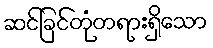
ဆင်ခြင်တုံတရားရှိသော